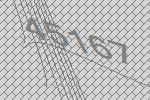
45167